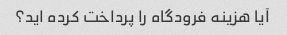
آیا هزینه فرودگاه را پرداخت کرده اید؟